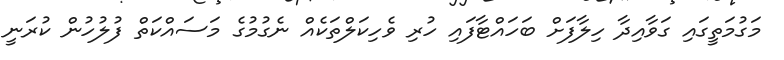
މަގުމަތީގައި ގަވާއިދާ ހިލާފަށް ބަހައްޓާފައި ހުރި ވެހިކަލްތަކެއް ނެގުމުގެ މަސައްކަތް ފުލުހުން ކުރަނީ